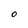
Character: O